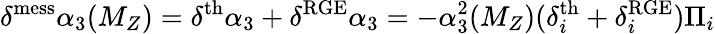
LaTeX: \delta^{\mathrm{mess}}\alpha_{3}(M_{Z})=\delta^{\mathrm{th}}\alpha_{3}+\delta^{\mathrm{RGE}}\alpha_{3}=-\alpha_{3}^{2}(M_{Z})(\delta_{i}^{\mathrm{th}}+\delta_{i}^{\mathrm{RGE}})\Pi_{i}